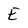
Character: E